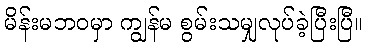
မိန်းမဘဝမှာ ကျွန်မ စွမ်းသမျှလုပ်ခဲ့ပြီးပြီ။